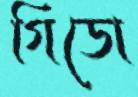
গিডো